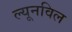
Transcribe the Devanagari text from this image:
ल्यूनविल